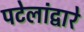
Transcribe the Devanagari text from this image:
पटेलांद्वारे